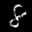
Label: 8